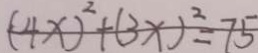
( 4 x ) ^ { 2 } + ( 3 x ) ^ { 2 } = 7 5